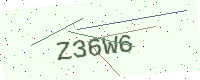
Text: Z36W6